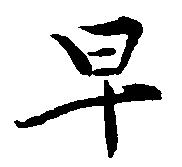
早